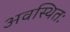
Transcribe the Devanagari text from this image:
अवस्थितः